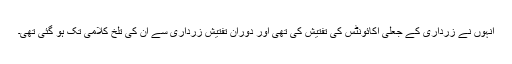
انہوں نے زرداری کے جعلی اکائونٹس کی تفتیش کی تھی اور دوران تفتیش زرداری سے ان کی تلخ کلامی تک ہو گئی تھی۔